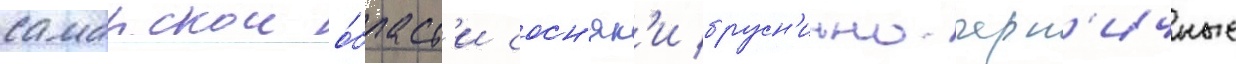
самарскои о́бласт'и сосн'як'и брусн'ично-черн'ичные